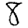
Digit: 8